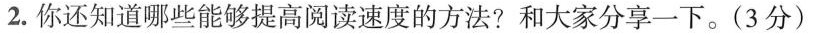
2.你还知道哪些能够提高阅读速度的方法?和大家分享一下。(3分)